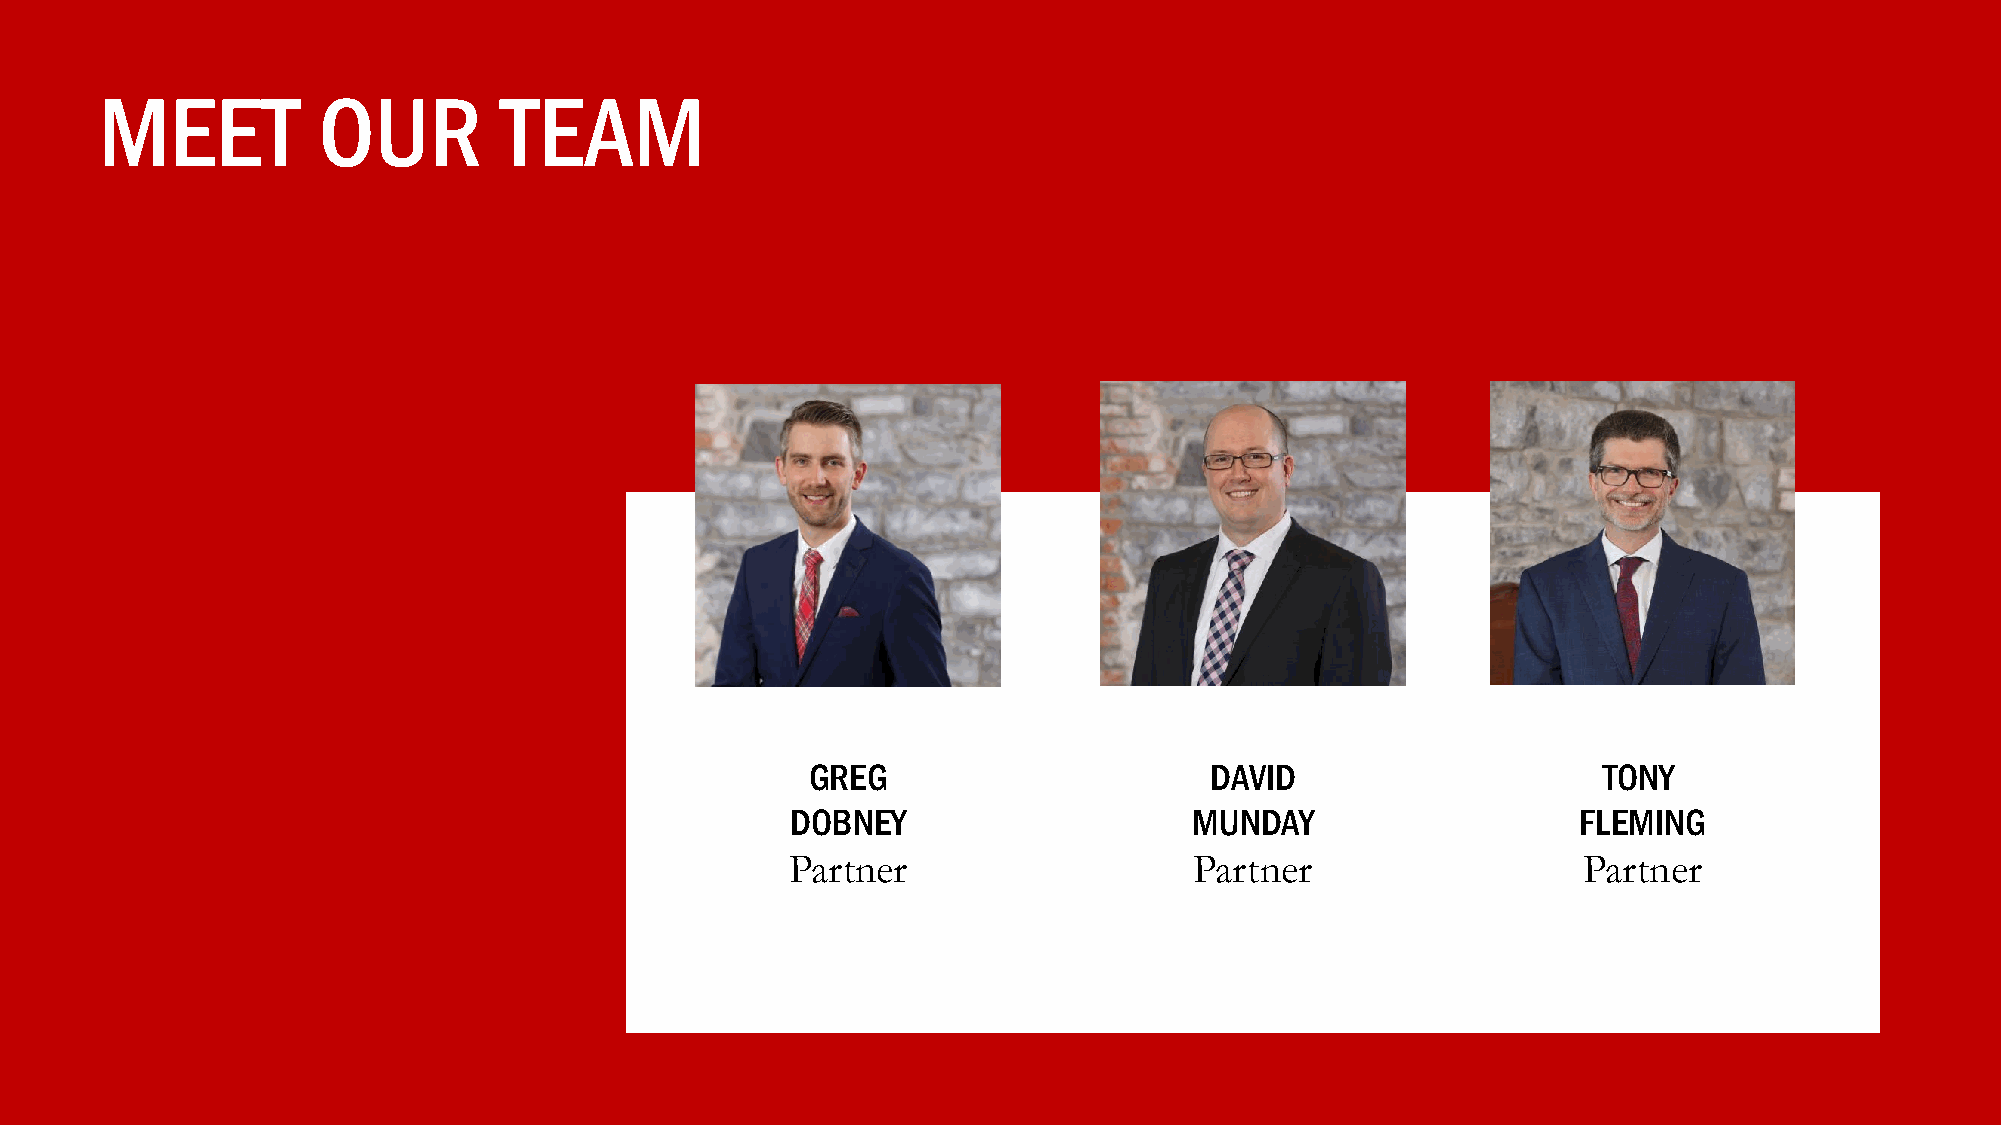
MEET          OUR         TEAM
 GREG                      DAVID                     TONY
 DOBNEY                     MUNDAY                    FLEMING
 Partner                    Partner                   Partner